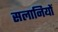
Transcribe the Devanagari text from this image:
सलानियों